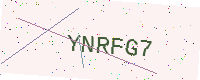
Text: YNRFG7